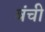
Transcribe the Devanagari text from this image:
बंची